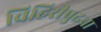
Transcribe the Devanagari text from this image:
विहिरीपुढचा